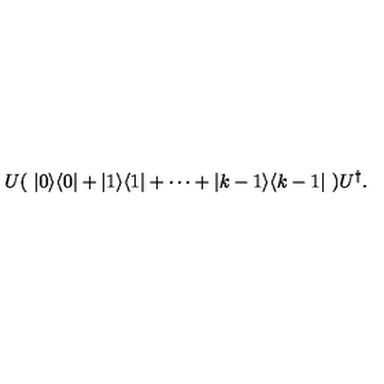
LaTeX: U ( \ | 0 \rangle \langle 0 | + | 1 \rangle \langle 1 | + \cdots + | k - 1 \rangle \langle k - 1 | \ ) U ^ { \dagger } .